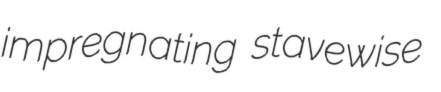
impregnating stavewise